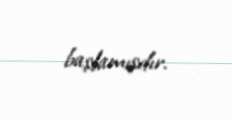
başlamışdır.